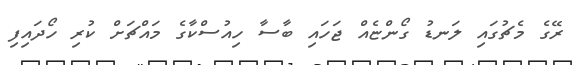
ރޭގެ މެޗުގައި ލަނޑު ގޯންޏެއް ޖަހައި ބާސާ ހިއުސްކާގެ މައްޗަށް ކުރި ހޯދައިފި